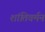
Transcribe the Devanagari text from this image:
शांतिवर्मन